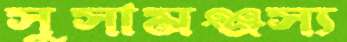
সুসামঞ্জস্য